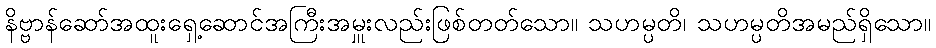
နိဗ္ဗာန်ဆော်အထူးရှေ့ဆောင်အကြီးအမှူးလည်းဖြစ်တတ်သော။ သဟမ္ပတိ၊ သဟမ္ပတိအမည်ရှိသော။